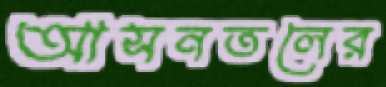
আসনতলের